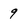
Character: 9